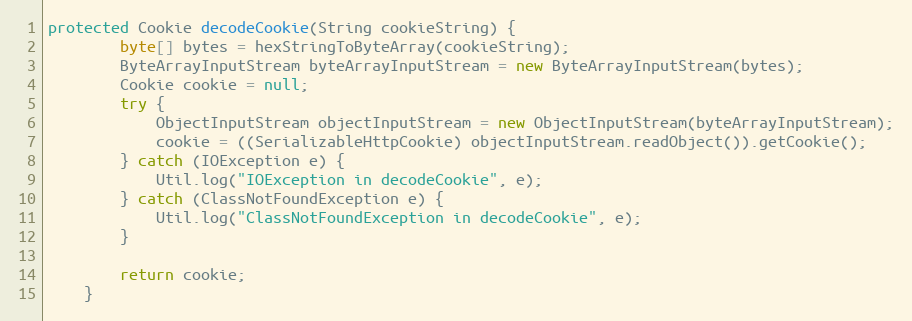
Language: Java
protected Cookie decodeCookie(String cookieString) {
        byte[] bytes = hexStringToByteArray(cookieString);
        ByteArrayInputStream byteArrayInputStream = new ByteArrayInputStream(bytes);
        Cookie cookie = null;
        try {
            ObjectInputStream objectInputStream = new ObjectInputStream(byteArrayInputStream);
            cookie = ((SerializableHttpCookie) objectInputStream.readObject()).getCookie();
        } catch (IOException e) {
            Util.log("IOException in decodeCookie", e);
        } catch (ClassNotFoundException e) {
            Util.log("ClassNotFoundException in decodeCookie", e);
        }

        return cookie;
    }